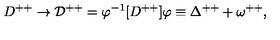
D ^ { + + } \rightarrow { \cal D } ^ { + + } = \varphi ^ { - 1 } [ D ^ { + + } ] \varphi \equiv \Delta ^ { + + } + \omega ^ { + + } ,